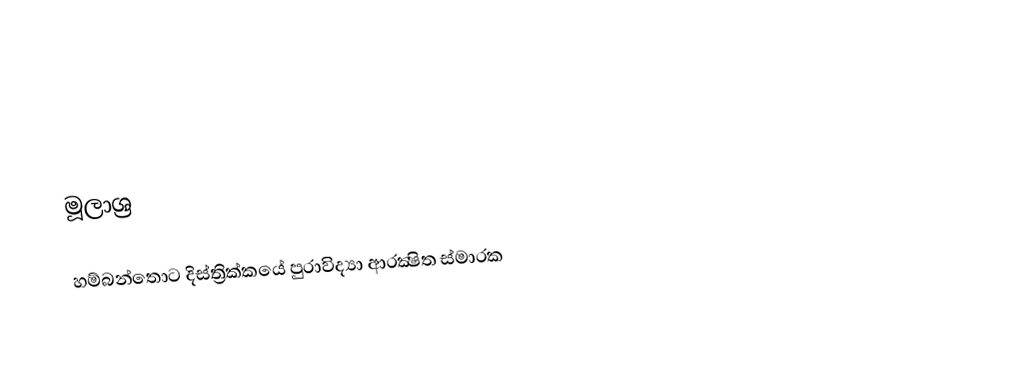

මූලාශ්‍ර

හම්බන්තොට දිස්ත්‍රික්කයේ පුරාවිද්‍යා ආරක්‍ෂිත ස්මාරක